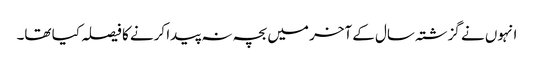
انہوں نے گزشتہ سال کے آخر میں بچہ نہ پیدا کرنے کا فیصلہ کیا تھا۔